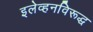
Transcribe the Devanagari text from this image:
इलेव्हनविरूद्ध